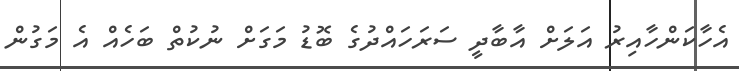
އެހާކަންހާއިރު އަލަށް އާބާދީ ސަރަހައްދުގެ ބޮޑު މަގަށް ނުކުތް ބަހެއް އެ މަގުން